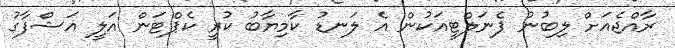
ރާއްޖެއަށް ލިބުނު ޕެނަލްޓީއަކުން އެ ލަނޑު ކާމިޔާބު ކުރީ ކެޕްޓަން އަލީ އަޝްފާގު